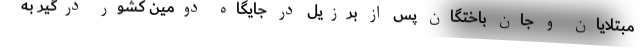
مبتلایان و جان باختگان پس از برزیل در جایگاه دومین کشور درگیر به